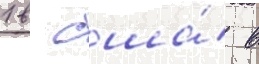
1 в сша́ в